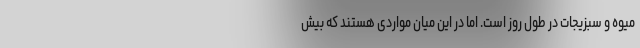
میوه و سبزیجات در طول روز است. اما در این میان مواردی هستند که بیش